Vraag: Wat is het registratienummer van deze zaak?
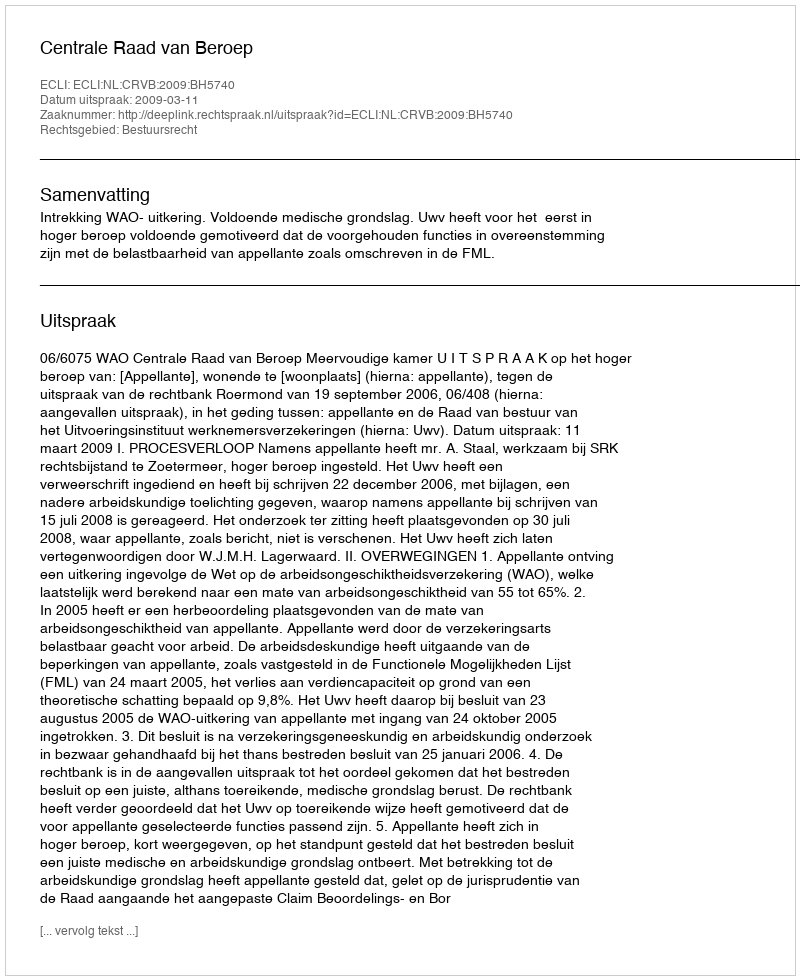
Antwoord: http://deeplink.rechtspraak.nl/uitspraak?id=ECLI:NL:CRVB:2009:BH5740